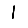
Digit: 1